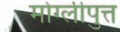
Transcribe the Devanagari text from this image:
मोग्लीपुत्त